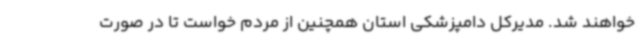
خواهند شد. مدیرکل دامپزشکی استان همچنین از مردم خواست تا در صورت